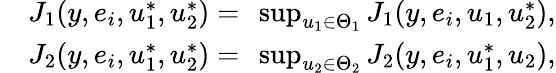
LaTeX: \begin{array}{rl}&{J_{1}(y,e_{i},u_{1}^{*},u_{2}^{*})=\ \operatorname*{sup}_{u_{1}\in\Theta_{1}}J_{1}(y,e_{i},u_{1},u_{2}^{*}),}\\ &{J_{2}(y,e_{i},u_{1}^{*},u_{2}^{*})=\ \operatorname*{sup}_{u_{2}\in\Theta_{2}}J_{2}(y,e_{i},u_{1}^{*},u_{2}),}\end{array}